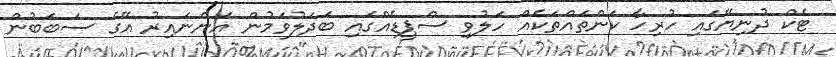
ޓެކް ދުނިޔޭގައި ހުރިހާ ކަންތައްތަކެއް ހަލުވި ސްޕީޑެއްގައި ބަދަލުވަމުން އަންނައިރު އޭގެ ސަބަބުން